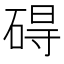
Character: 碍